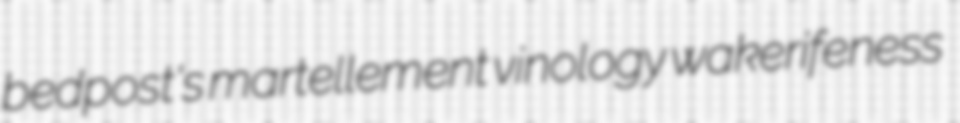
bedpost's martellement vinology wakerifeness